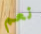
نعم